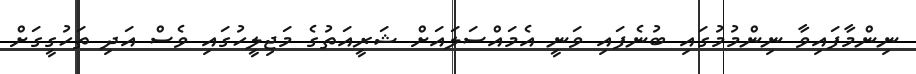
ނިންމާފައިވާ ނިންމުމުގައި ބުނެފައި ވަނީ އެމައްސަލައަށް ޝަރީއަތުގެ މަޖިލީހުގައި ވެސް އަދި ތަހުގީގަށް